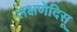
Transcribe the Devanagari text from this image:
लक्षणेदिसू